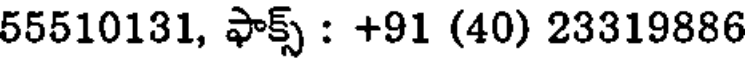
55510131, ఫాక్స్ : +91 (40) 23319886